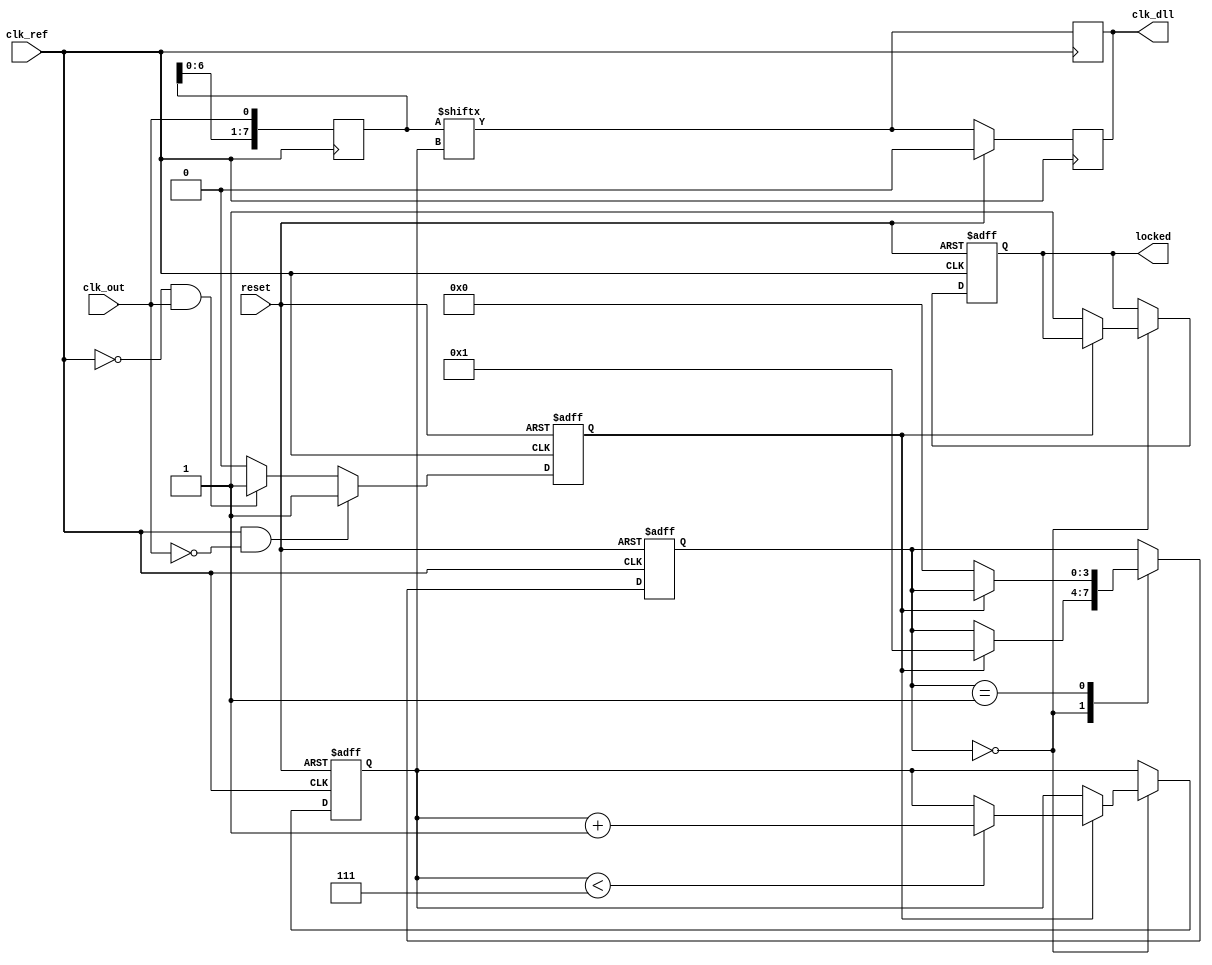
module dll (
    input wire clk_ref,           // Reference clock input
    input wire clk_out,           // Output clock (feedback)
    input wire reset,             // Reset signal
    output reg clk_dll,           // DLL output clock
    output reg locked             // Lock status
);

    // Parameters
    parameter NUM_DELAY_STAGES = 8; // Number of delay stages
    parameter DELAY_STEP = 1;        // Delay step size (in time units)

    // Internal signals
    reg [NUM_DELAY_STAGES-1:0] delay_line; // Delay line stages
    reg [2:0] delay_select;                // Selected delay stage
    reg phase_error;                       // Phase error signal
    reg [3:0] state;                       // State for control logic

    // Phase Detector
    always @(posedge clk_ref or posedge reset) begin
        if (reset) begin
            phase_error <= 0;
        end else begin
            // Simple phase detector logic
            if (clk_ref && !clk_out) begin
                phase_error <= 1; // Output clock is lagging
            end else if (!clk_ref && clk_out) begin
                phase_error <= -1; // Output clock is leading
            end else begin
                phase_error <= 0; // Aligned
            end
        end
    end

    // Control Logic (Finite State Machine)
    always @(posedge clk_ref or posedge reset) begin
        if (reset) begin
            state <= 0;
            delay_select <= 0;
            locked <= 0;
        end else begin
            case (state)
                0: begin // Initial state
                    if (phase_error == 1) begin
                        if (delay_select < NUM_DELAY_STAGES - 1)
                            delay_select <= delay_select + 1; // Increase delay
                        state <= 1;
                    end else if (phase_error == -1) begin
                        if (delay_select > 0)
                            delay_select <= delay_select - 1; // Decrease delay
                        state <= 1;
                    end else begin
                        locked <= 1; // Locked state
                    end
                end
                1: begin // Adjusting state
                    if (phase_error == 0) begin
                        state <= 0; // Go back to initial state
                    end
                end
            endcase
        end
    end

    // Delay Line Implementation
    always @(posedge clk_ref) begin
        // Shift delay line based on delay_select
        delay_line <= {delay_line[NUM_DELAY_STAGES-2:0], clk_out};
        clk_dll <= delay_line[delay_select]; // Select the appropriate delay stage
    end

    // Output Buffer (simple register for output clock)
    always @(posedge clk_ref) begin
        if (reset) begin
            clk_dll <= 0;
        end else begin
            clk_dll <= delay_line[delay_select]; // Output the selected delayed clock
        end
    end

endmodule